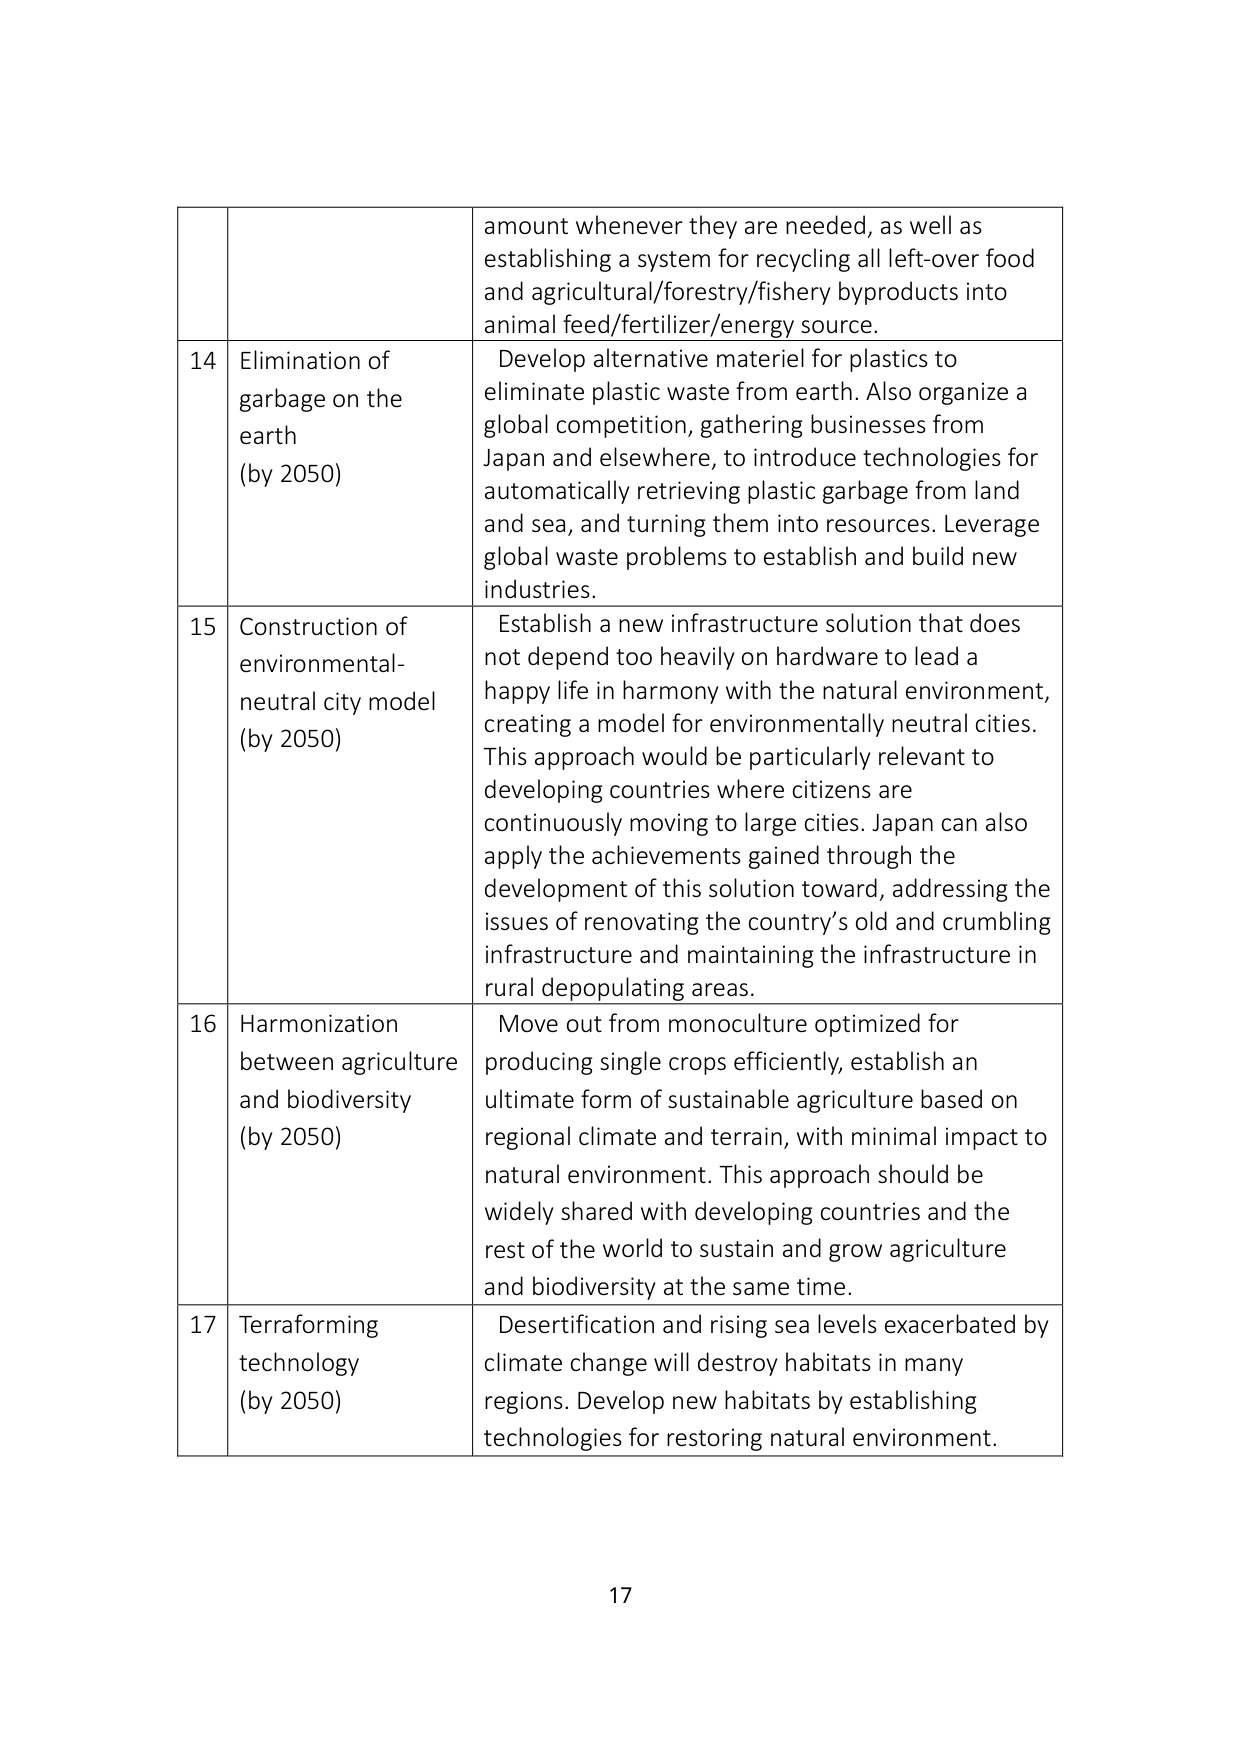
amount whenever they are needed, as well as establishing a system for recycling all left-over food and agricultural/forestry/fishery byproducts into animal feed/fertilizer/energy source.

14 Elimination of garbage on the earth (by 2050) Develop alternative materiel for plastics to eliminate plastic waste from earth. Also organize a global competition, gathering businesses from Japan and elsewhere, to introduce technologies for automatically retrieving plastic garbage from land and sea, and turning them into resources. Leverage global waste problems to establish and build new industries.

15 Construction of environmental-neutral city model (by 2050) Establish a new infrastructure solution that does not depend too heavily on hardware to lead a happy life in harmony with the natural environment, creating a model for environmentally neutral cities. This approach would be particularly relevant to developing countries where citizens are continuously moving to large cities. Japan can also apply the achievements gained through the development of this solution toward, addressing the issues of renovating the country’s old and crumbling infrastructure and maintaining the infrastructure in rural depopulating areas.

16 Harmonization between agriculture and biodiversity (by 2050) Move out from monoculture optimized for producing single crops efficiently, establish an ultimate form of sustainable agriculture based on regional climate and terrain, with minimal impact to natural environment. This approach should be widely shared with developing countries and the rest of the world to sustain and grow agriculture and biodiversity at the same time.

17 Terraforming technology (by 2050) Desertification and rising sea levels exacerbated by climate change will destroy habitats in many regions. Develop new habitats by establishing technologies for restoring natural environment.

17